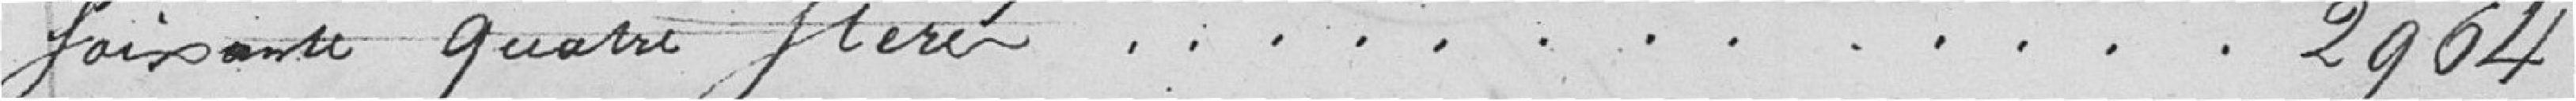
soixante quatre stères............................. 2.964